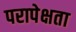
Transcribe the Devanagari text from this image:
परापेक्षता